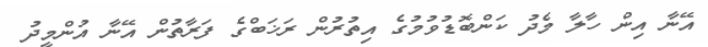
އޭނާ އިން ހާލާ މެދު ކަންބޮޑުވުމުގެ އިތުރުން ރަޚަބްގެ ފަރާތުން އޭނާ އުންމީދު